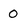
Character: 0